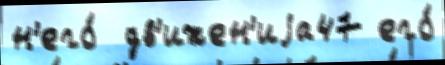
н'его́  дв'ижен'иjа47 его́